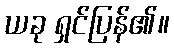
ယခု ရှင်ပြန်၏။